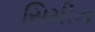
સિમીન